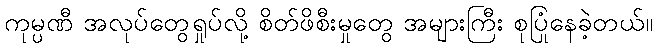
ကုမ္ပဏီ အလုပ်တွေရှုပ်လို့ စိတ်ဖိစီးမှုတွေ အများကြီး စုပြုံနေခဲ့တယ်။